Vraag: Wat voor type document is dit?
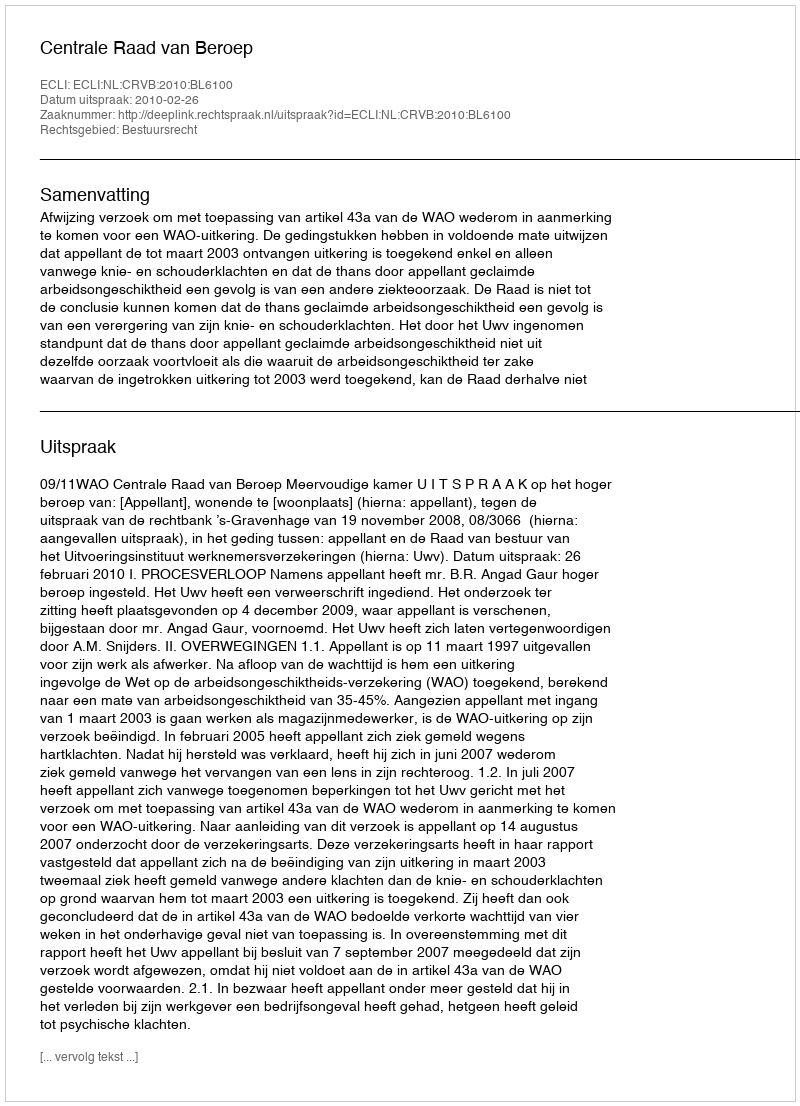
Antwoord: Uitspraak